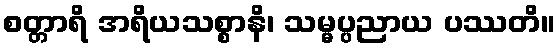
စတ္တာရိ အရိယသစ္စာနိ၊ သမ္မပ္ပညာယ ပဿတိ။